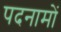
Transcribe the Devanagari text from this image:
पदनामों